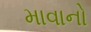
માવાનો